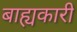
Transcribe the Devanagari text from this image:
बाह्यकारी